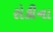
રોકીના